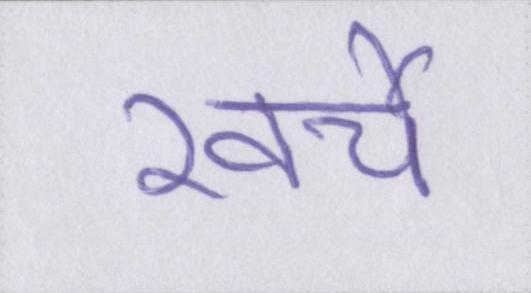
खर्चे